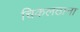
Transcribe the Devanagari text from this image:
चिकलठाना